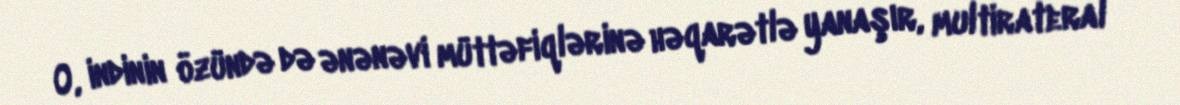
O, indinin özündə də ənənəvi müttəfiqlərinə həqarətlə yanaşır, multirateral